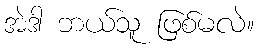
အဲဒါ ဘယ်သူ ဖြစ်မလဲ။